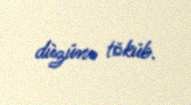
düzünə töküb.